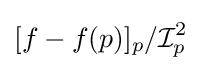
[f-f(p)]_{p}/{\mathcal {I}}_{p}^{2}